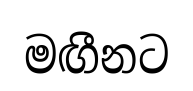
මඟීනට